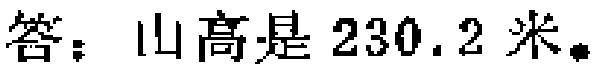
答：山高是 \(230.2\) 米。